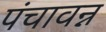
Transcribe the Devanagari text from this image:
पंचावन्न